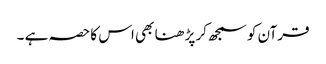
قرآن کو سمجھ کر پڑ ھنا بھی اس کا حصہ ہے ۔